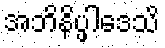
အဘိနိပ္ဖါဒေသိ